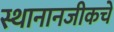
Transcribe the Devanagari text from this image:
स्थानानजीकचे